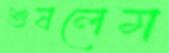
শুষলেম